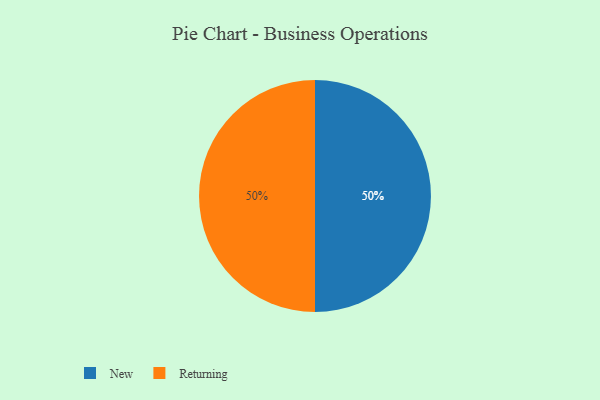
{"axis": {"x": "Category", "y": "Percentage"}, "legend": ["New", "Returning"], "data": [{"x": "New", "y": 50, "type": "New"}, {"x": "Returning", "y": 50, "type": "Returning"}]}